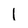
Character: 1